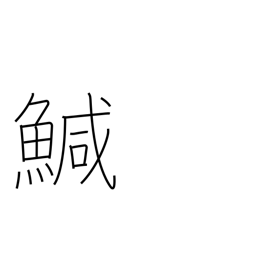
Meaning: turbot